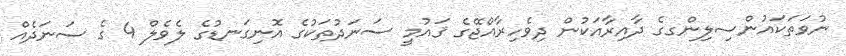
ނުވަތަކައުންސިލިންގގެ ދާއިރާއަކުން ދިވެހިރާއްޖޭގެ ޤައުމީ ސަނަދުތަކުގެ އޮނިގަނޑުގެ ލެވެލް 4 ގެ ސަނަދެއް